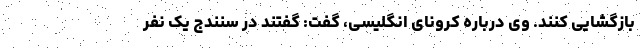
بازگشایی کنند. وی درباره کرونای انگلیسی، گفت: گفتند در سنندج یک نفر